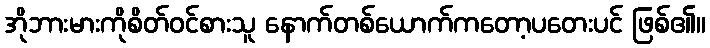
အိုဘားမားကိုစိတ်ဝင်စားသူ နောက်တစ်ယောက်ကတော့ပတေးပင် ဖြစ်၏။